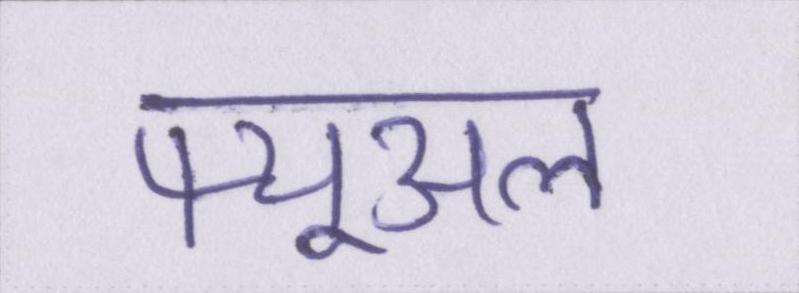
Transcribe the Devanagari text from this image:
फ्यूअल